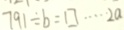
7 9 1 \div b = \square \cdots 2 a